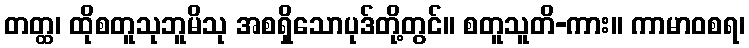
တတ္ထ၊ ထိုစတူသုဘူမိသု အစရှိသောပုဒ်တို့တွင်။ စတူသူတိ-ကား။ ကာမာဝစရ၊